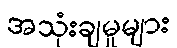
အသုံးချမှုများ